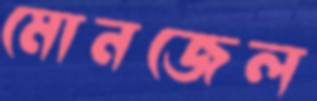
মোনজেল